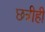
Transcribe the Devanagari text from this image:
छत्रीही